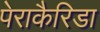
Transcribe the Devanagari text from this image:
पेराकैरिडा